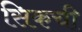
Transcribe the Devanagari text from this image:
सिकची